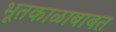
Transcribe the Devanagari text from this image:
भूतकाळाबाबत